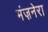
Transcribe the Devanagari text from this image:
मंज़नेरा